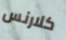
كلارنس